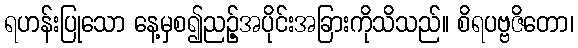
ရဟန်းပြုသော နေ့မှစ၍ညဉ့်အပိုင်းအခြားကိုသိသည်။ စိရပဗ္ဗဇိတော၊